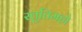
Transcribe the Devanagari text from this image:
स्तुतिमहो